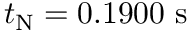
t _ { \mathrm { N } } = 0 . 1 9 0 0 ~ \mathrm { s }